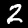
Digit: 2